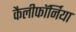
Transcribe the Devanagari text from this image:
कैलीफॉर्निया